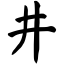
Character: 井